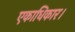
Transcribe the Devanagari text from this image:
एकाधिकार।